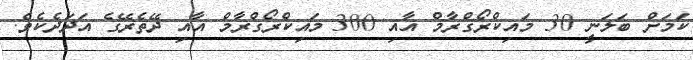
ކަމަށް ބަލަނީ 30 މައިކްރޯގްރާމް އާއި 300 މައިކްރޯގްރާމް އާއި ދޭތެރޭގެ އަދަދެކެވެ.